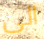
الى